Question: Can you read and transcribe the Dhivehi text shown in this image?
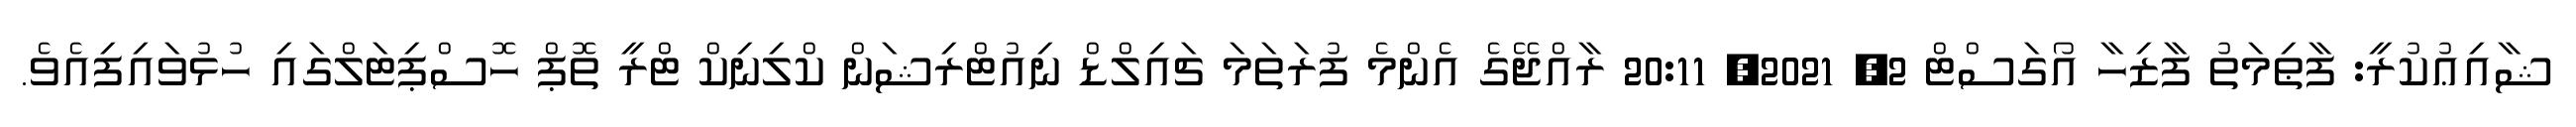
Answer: ޝާއިޢުކުރީ: ފާޠިމަތު ފާޒިހާ އޯގަސްޓް 2, 2021, 20:11 ރާއްޖޭގެ އެންމެ ފުރަތަމަ ޗައިލްޑް ނިއުޓްރިޝަން ކްލިނިކް ޓްރީ ތޮޕް ހޮސްޕިޓަލްގައި ހުޅުވައިފިއެވެ.